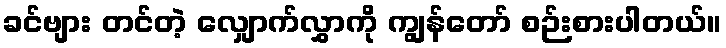
ခင်ဗျား တင်တဲ့ လျှောက်လွှာကို ကျွန်တော် စဉ်းစားပါတယ်။